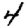
Digit: 4